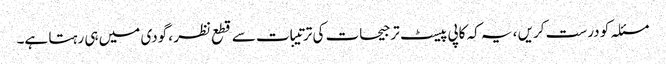
مسئلہ کو درست کریں ، یہ کہ کاپی پیسٹ ترجیحات کی ترتیبات سے قطع نظر ، گودی میں ہی رہتا ہے۔